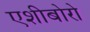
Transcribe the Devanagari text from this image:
एशीबोरो